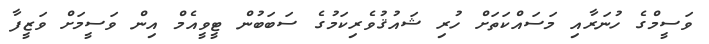
ވަސީމްގެ ހުނަރާއި މަސައްކަތަށް ހުރި ޝައުޤުވެރިކަމުގެ ސަބަބުން ޓީވީއެމް އިން ވަސީމަށް ވަޒީފާ